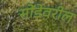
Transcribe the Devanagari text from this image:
सोंडेवरील